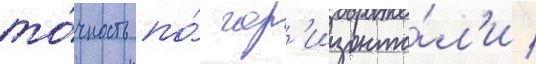
то́чность по́ гор'изонта́л'и /